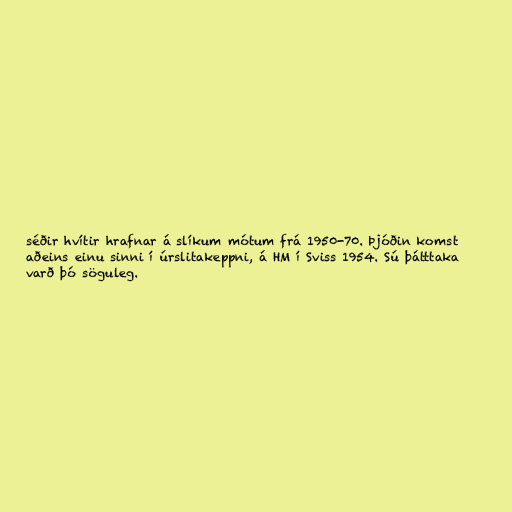
séðir hvítir hrafnar á slíkum mótum frá 1950-70. Þjóðin komst
aðeins einu sinni í úrslitakeppni, á HM í Sviss 1954. Sú þátttaka
varð þó söguleg.